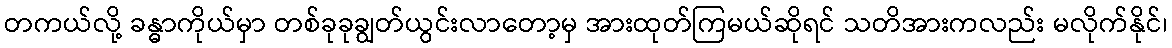
တကယ်လို့ ခန္ဓာကိုယ်မှာ တစ်ခုခုချွတ်ယွင်းလာတော့မှ အားထုတ်ကြမယ်ဆိုရင် သတိအားကလည်း မလိုက်နိုင်၊